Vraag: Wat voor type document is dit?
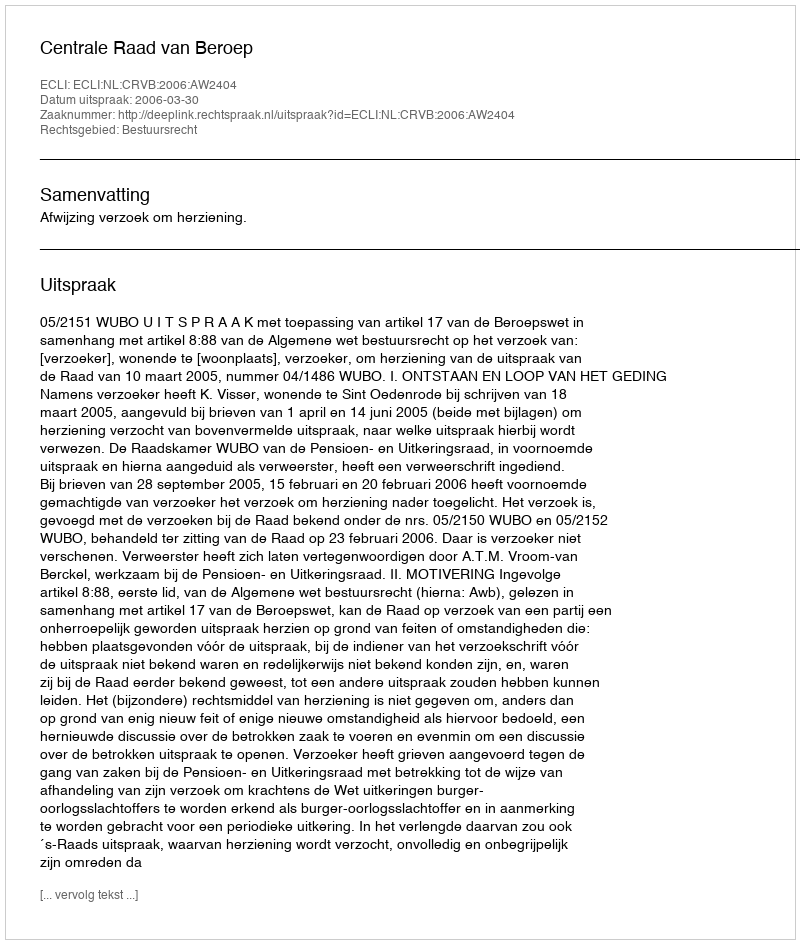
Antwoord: Uitspraak